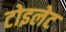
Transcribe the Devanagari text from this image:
टोइलेट